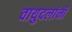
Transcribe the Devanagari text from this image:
वायुदलांनी